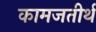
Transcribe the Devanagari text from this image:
कामजतीर्थ